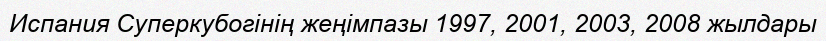
Испания Суперкубогінің жеңімпазы 1997, 2001, 2003, 2008 жылдары